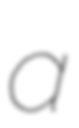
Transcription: a